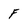
Character: F